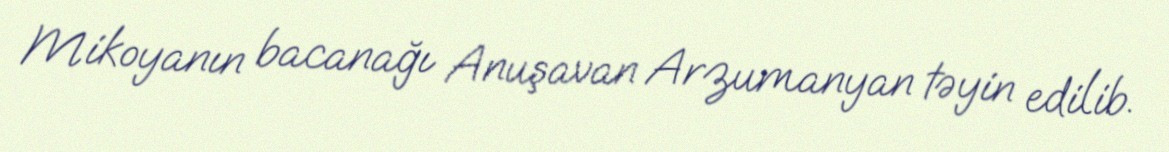
Mikoyanın bacanağı Anuşavan Arzumanyan təyin edilib.